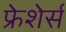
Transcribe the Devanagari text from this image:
फ्रेशेर्स